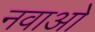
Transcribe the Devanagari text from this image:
नवाओ